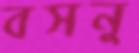
বসনু